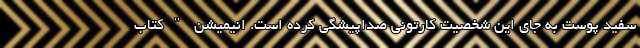
سفید پوست به جای این شخصیت کارتونی صداپیشگی کرده است. انیمیشن "کتاب